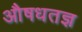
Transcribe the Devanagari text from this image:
औषधतज्ञ